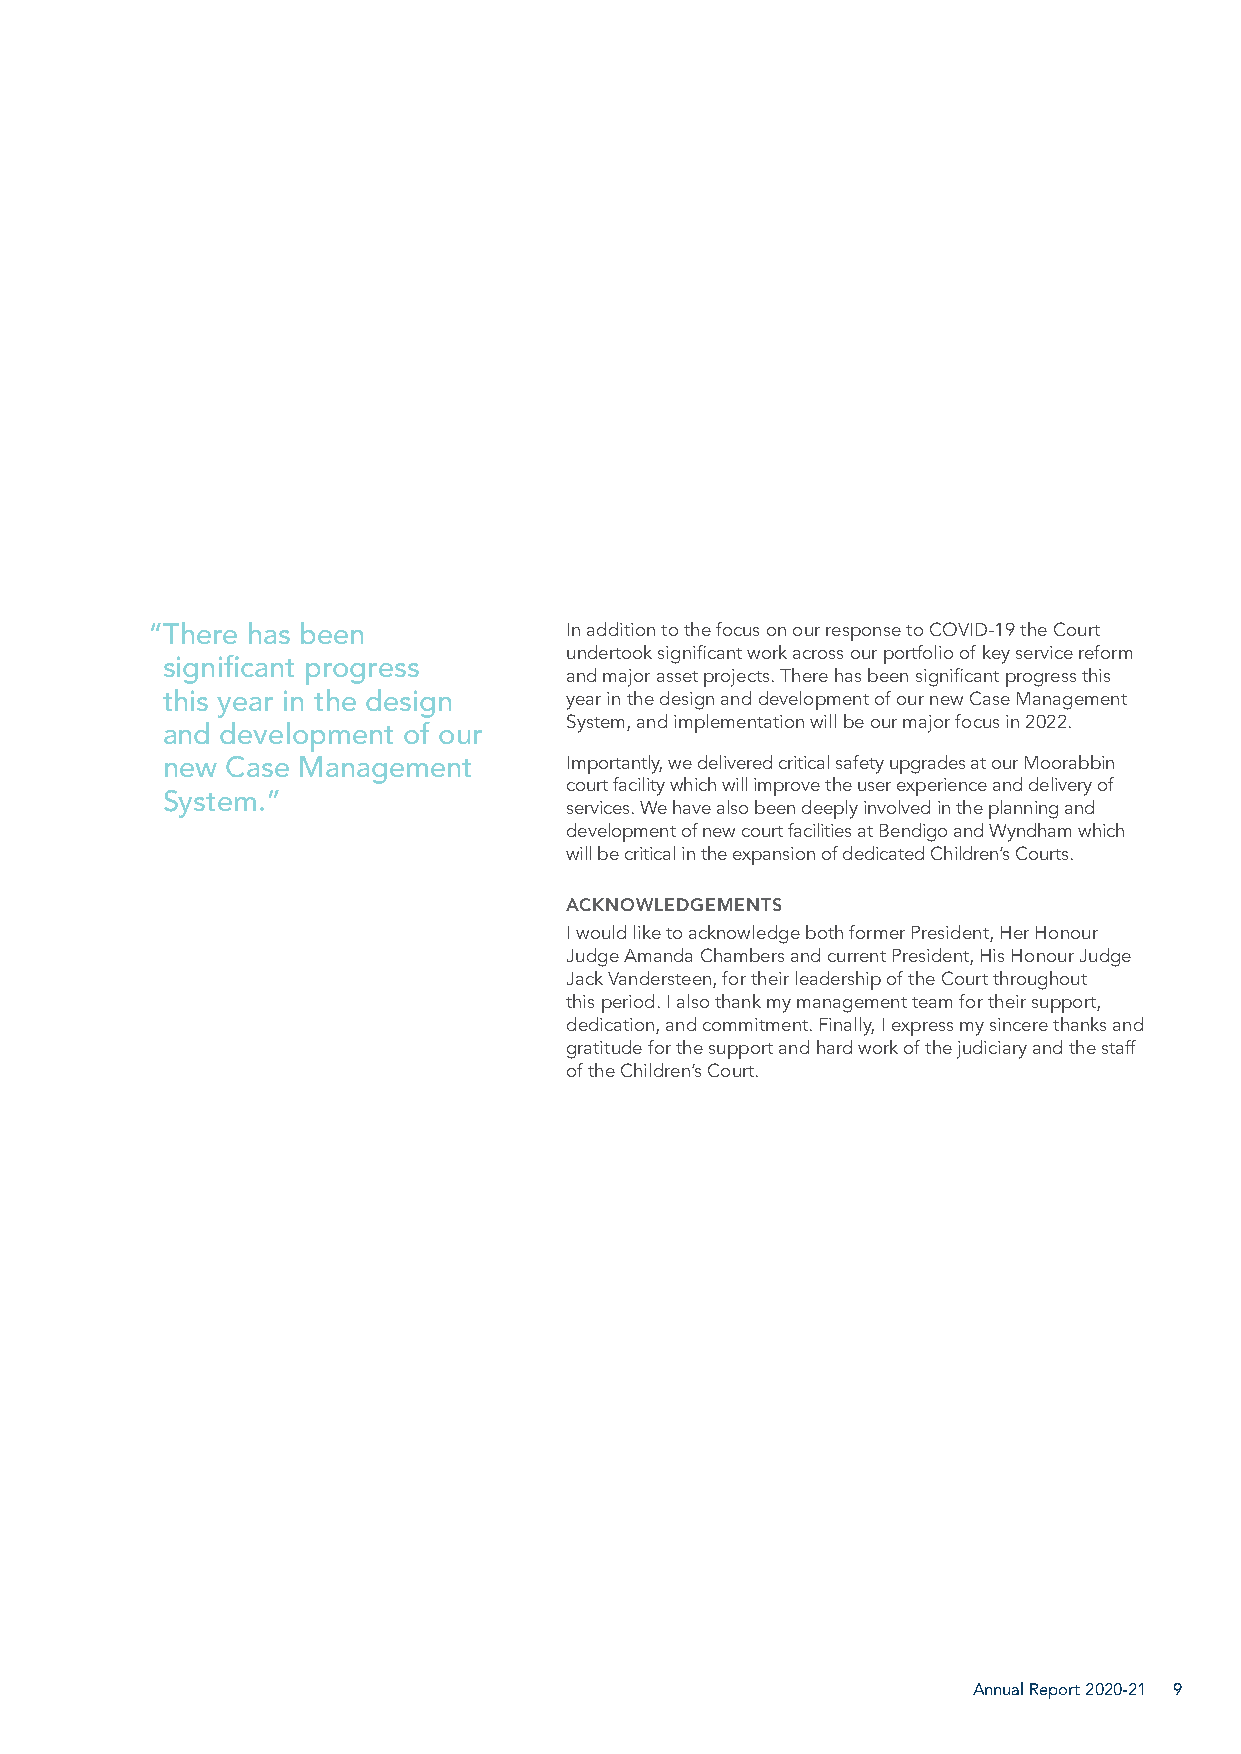
“There has been            In addition to the focus on our response to COVID-19 the Court
 undertook significant work across our portfolio of key service reform
 significant progress
 and major asset projects. There has been significant progress this
 this year in the design   year in the design and development of our new Case Management
 System, and implementation will be our major focus in 2022.
 and development of our
 new Case Management       Importantly, we delivered critical safety upgrades at our Moorabbin
 court facility which will improve the user experience and delivery of
 System.”
 services. We have also been deeply involved in the planning and
 development of new court facilities at Bendigo and Wyndham which
 will be critical in the expansion of dedicated Children’s Courts.
 ACKNOWLEDGEMENTS
 I would like to acknowledge both former President, Her Honour
 Judge Amanda Chambers and current President, His Honour Judge
 Jack Vandersteen, for their leadership of the Court throughout
 this period. I also thank my management team for their support,
 dedication, and commitment. Finally, I express my sincere thanks and
 gratitude for the support and hard work of the judiciary and the staff
 of the Children’s Court.
 Annual Report 2020-21 9